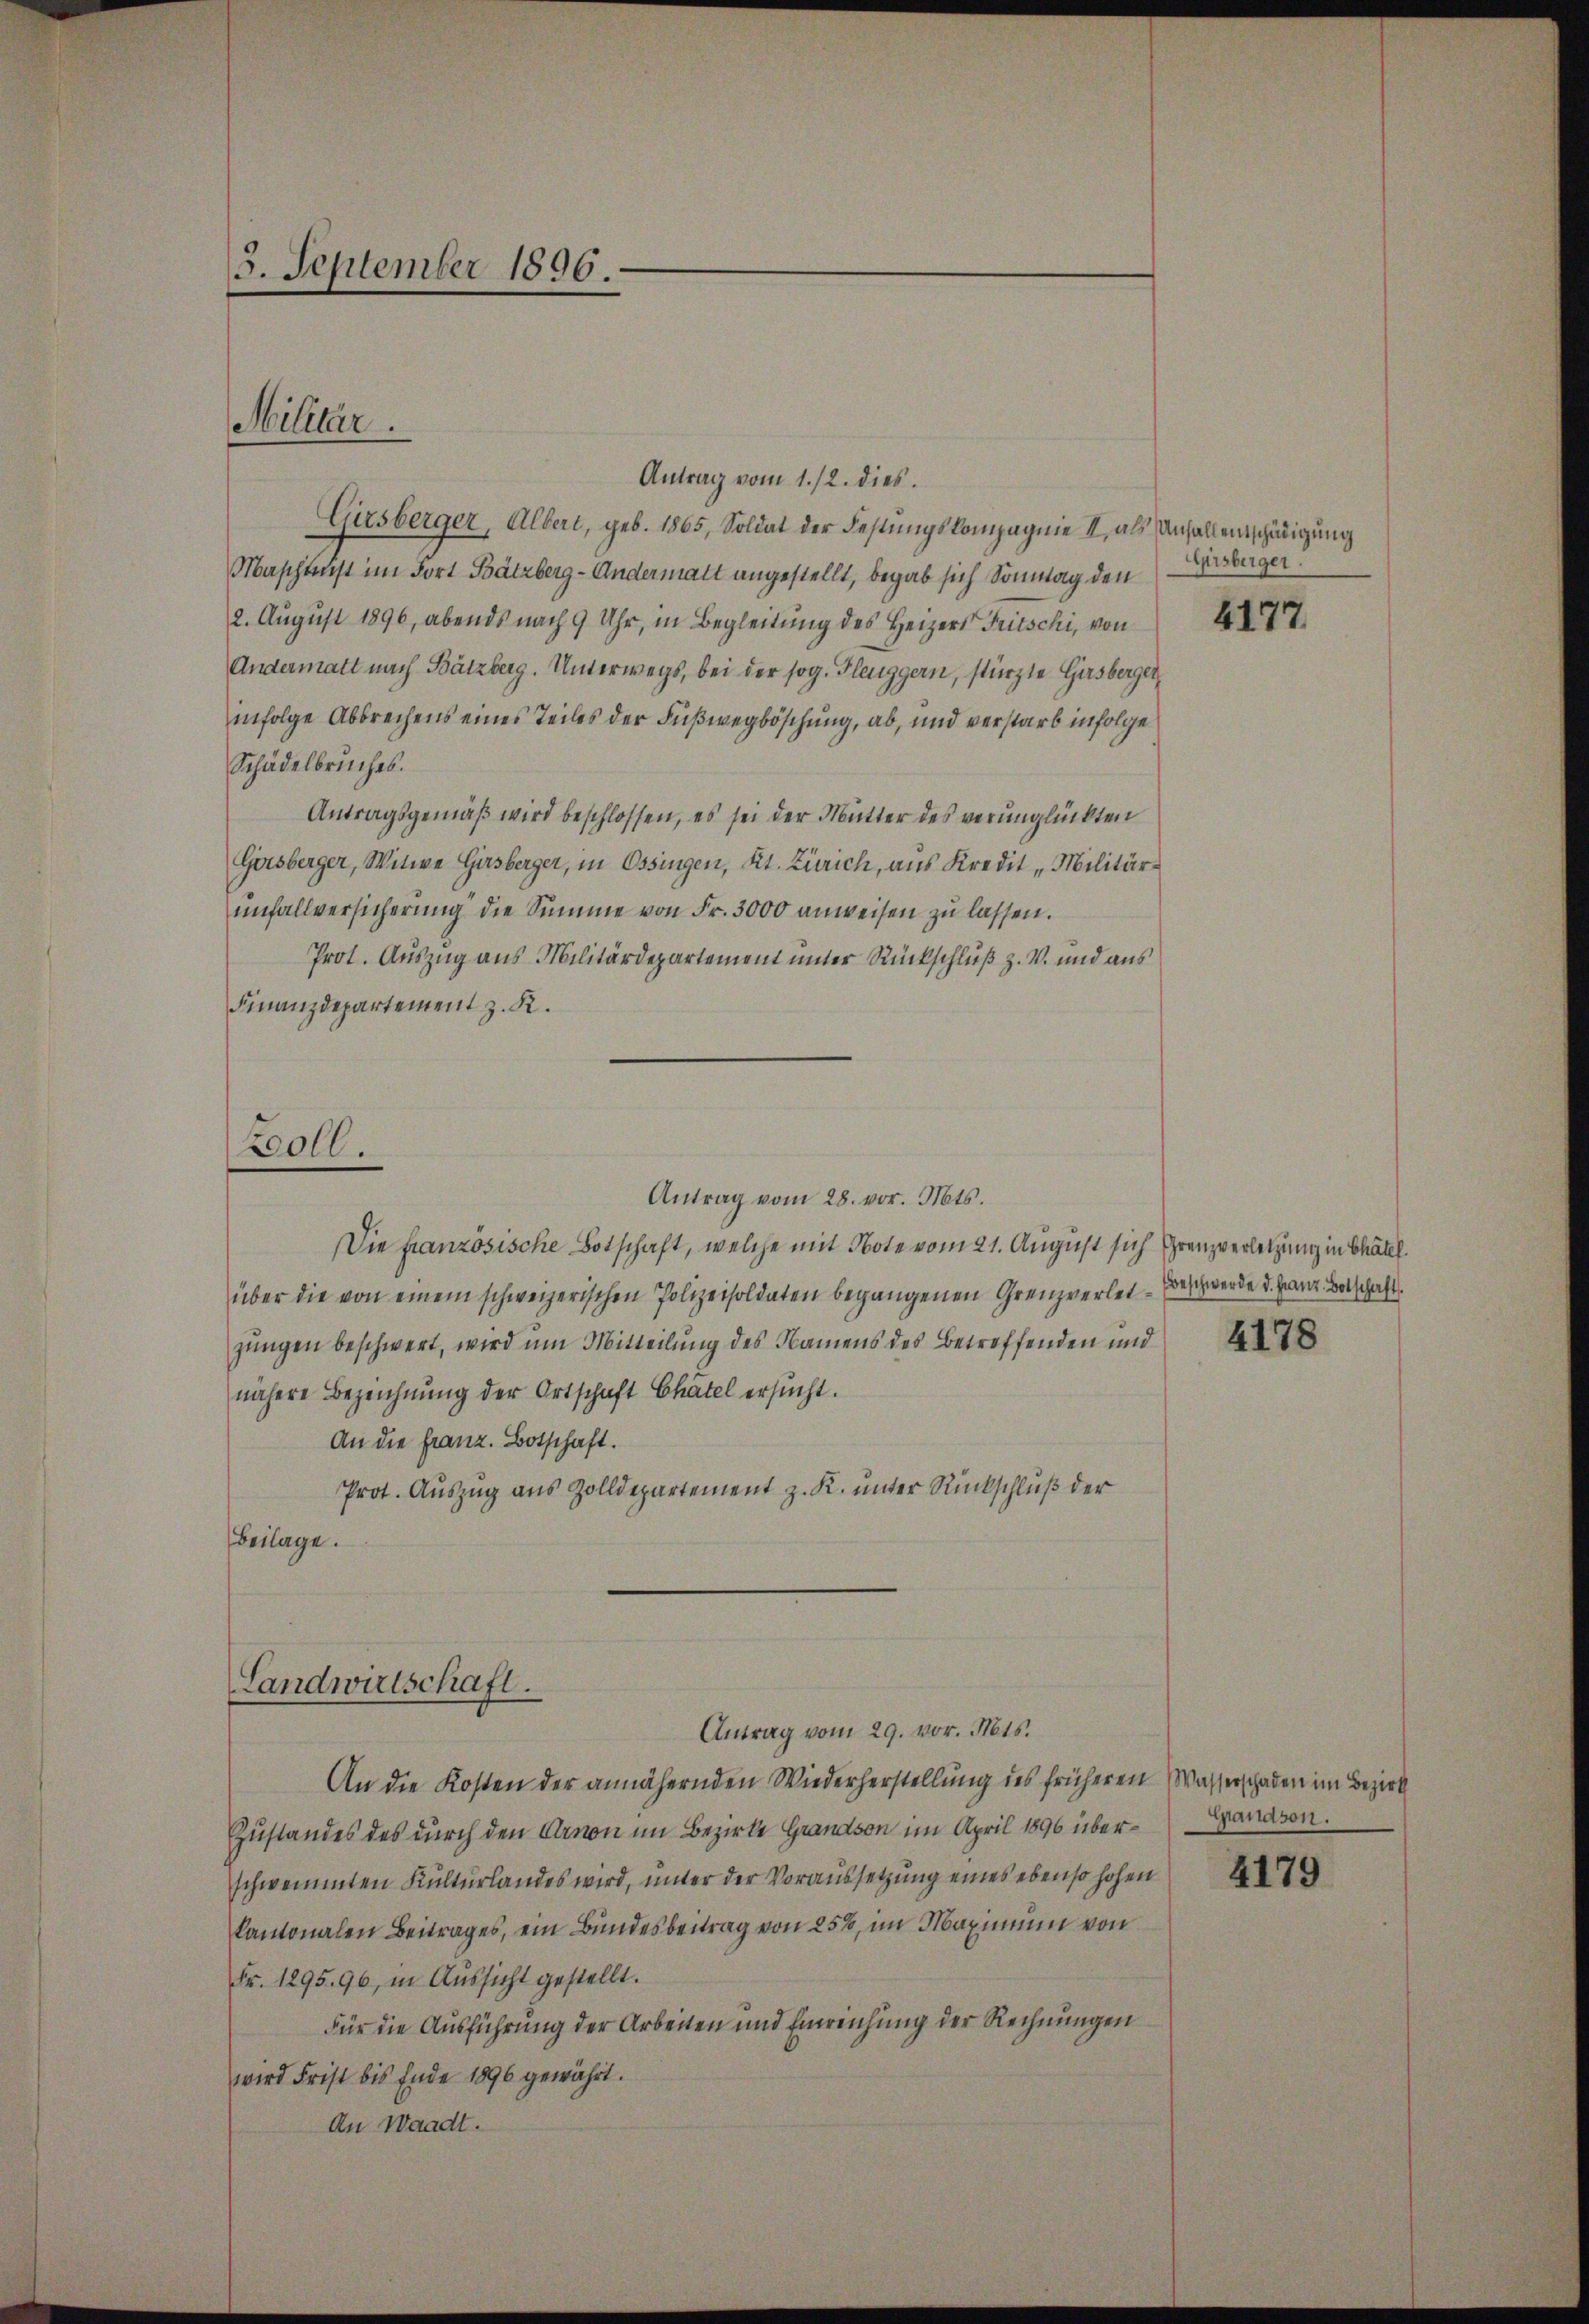
Antrag vom 1./2. dies
Girsberger, Albert, geb. 1865, Soldat des Festungskompagnie II, als Unfallentschädigung
Maschtenst im Fort Bätzberg-Andermalt angestellt, begab sich Sonntag den
2. August 1896, abends nach 9 Uhr, in Begleitung des Heizers Fritschi, von
Andermatt nach Bätzberg. Unterwegs, bei der sog. Gleuggern, stürzte Girsberger
infolge Abbrechens eines Teiles der Fußwegböschung, ab, und verstarb infolge
Schädelbruches.
Antragsgemäß wird beschlossen, es sei der Mutter des verunglückten
Gersberger, Witwe Girsberger, in Ossingen, Kt. Zürich, aus Kredit "Militär-
unfallversicherung die Summe von Fr. 3000 anweisen zu lassen.
Prot. Auszug aus Militärdepartement unter Rückschluß z. W. und aus
Finanzdepartement z. K.
Zoll.
Antrag vom 28. vor. Mts.
Die französische Botschaft, welche mit Note vom 21. August sich Grenzverletzung in Chätel
über die von einem schweizerischen Polizeisoldaten begangenen Grenzverletjungen beschwert, wird um Mitteilung des Namens des Betreffenden und
nähere Bezeichnung der Ortschaft Chätel ersucht.
An die Franz. Botschaft.
Prot. Auszug aus Zolldepartement z. K. unter Rückschluß der
Beilage.

3. September 1896.

Militär.

Landwirtschaft.
Antrag vom 29. vor. Mts.

An die Kosten der annähernden Wiederherstellung des früheren Wasserschaden im Bezirk
Zustandes des durch den Arnon im Bezirke Grandson im April 1896 überschwemmten Kulturlandes wird, unter der Voraussetzung eines ebenso hohen
kantonalen Beitrages, ein Bundesbeitrag von 25%, im Maximum von
Fr. 1295. 96, in Aussicht gestellt.
Für die Ausführung der Arbeiten und Einreichung der Rechnungen
wird Frist bis Ende 1890 gewährt.
An Waadt.

Girsberger.

4177.

Beschwerde d. Franz. Botschaft.

4178

Grandson.

4179